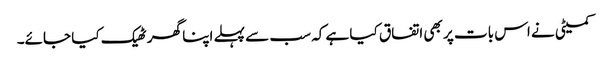
کمیٹی نے اس بات پر بھی اتفاق کیا ہے کہ سب سے پہلے اپنا گھر ٹھیک کیا جائے۔